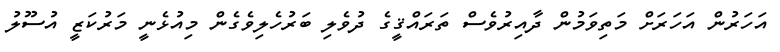
އަހަރުން އަހަރަށް މަތިވަމުން ދާއިރުވެސް ތަރައްޤީގެ ދުވެލި ބަރުހެލިވެގެން މިއުޅެނީ މަރުކަޒީ އުސޫލު